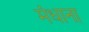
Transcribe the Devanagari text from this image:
मंधाना